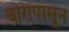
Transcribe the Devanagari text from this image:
चोरांपासून